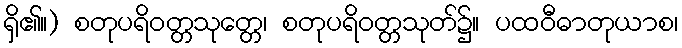
ရှိ၏။) စတုပရိဝတ္တသုတ္တေ၊ စတုပရိဝတ္တသုတ်၌။ ပထဝီဓာတုယာစ၊